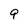
Character: 9